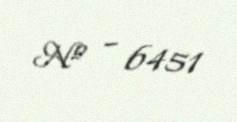
№ - 6451